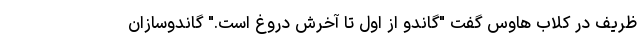
ظریف در کلاب هاوس گفت "گاندو از اول تا آخرش دروغ است." گاندوسازان